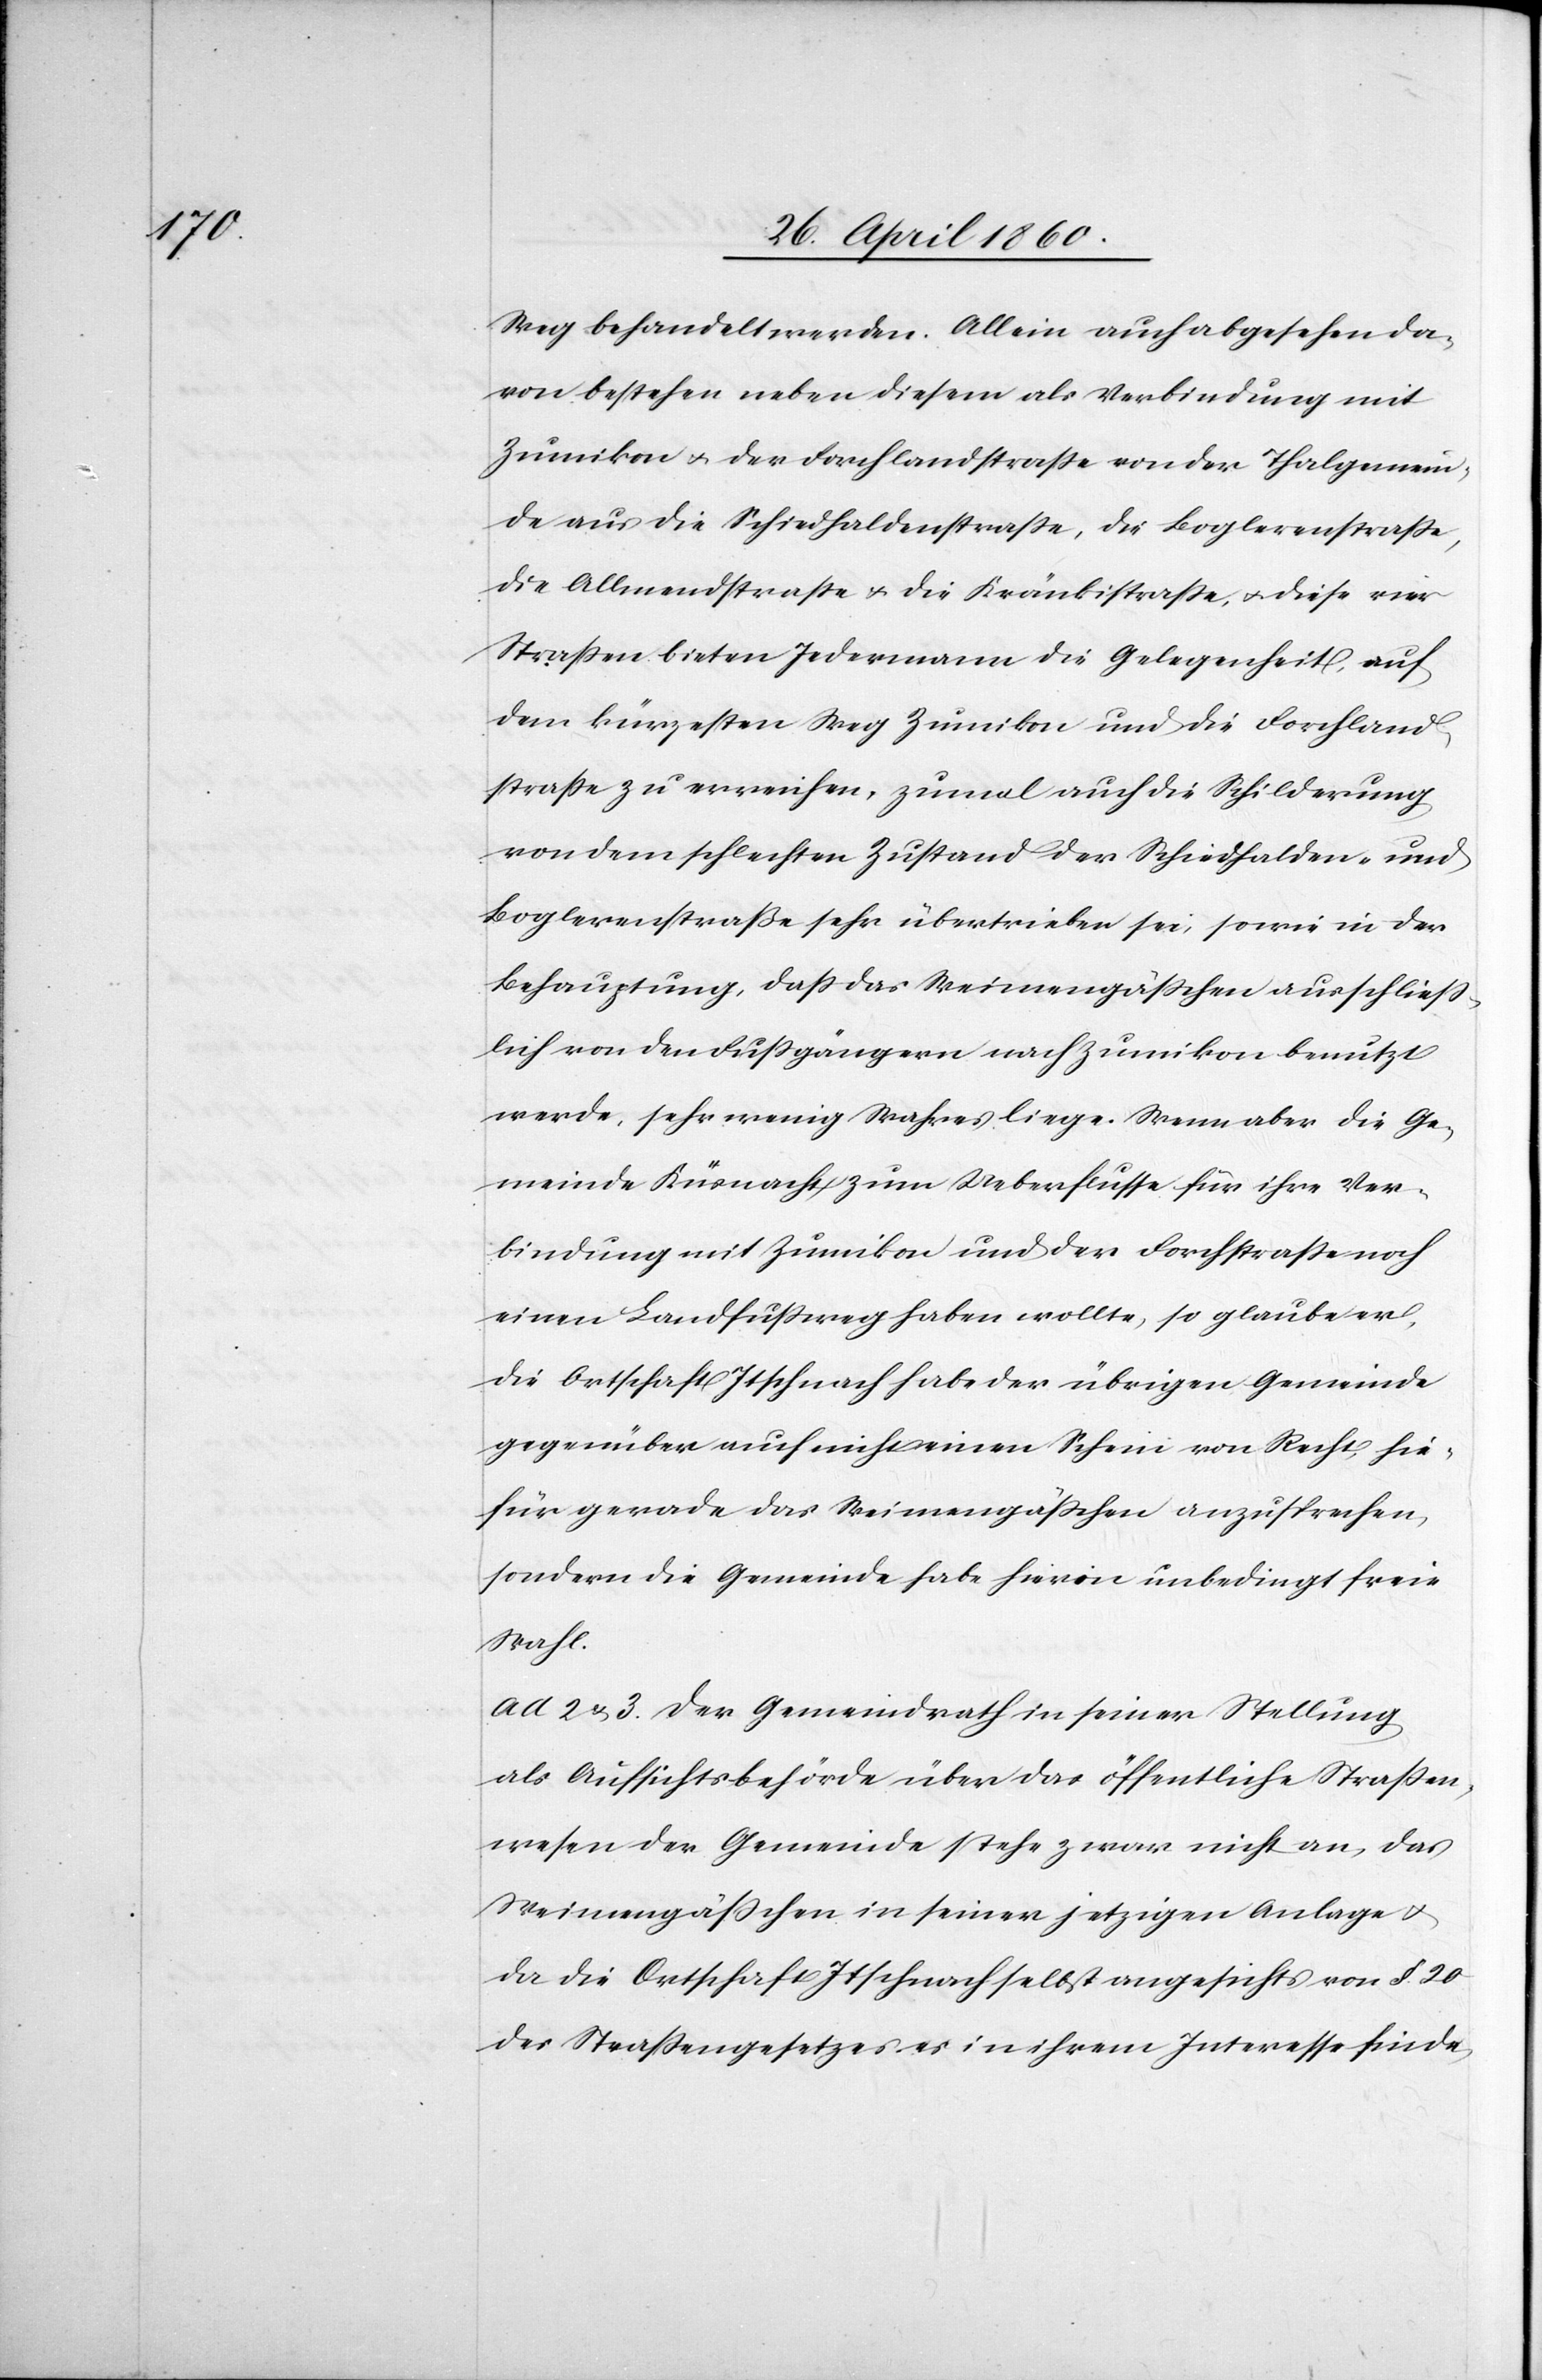
Weg behandelt werden. Allein auch abgesehen da¬
von bestehen neben diesem als Verbindung mit
Zumikon u. der Forchlandstrasse von der Thalgemein¬
de aus die Schiedhaldenstrasse, die Boglerenstrasse,
die Allmendstrasse u. die Kränbistrasse, u. diese vier
Strassen bieten Jedermann die Gegebenheit, auf
dem kürzesten Weg Zumikon und die Forchland¬
strasse zu erreichen, zumal auch die Schilderung
von dem schlechten Zustand der Schiedhalden- und
Boglerenstraße sehr übertrieben sei, sowie in der
Behauptung, dass das Weimengässchen ausschliess¬
lich von den Fussgängern nach Zumikon benutzt
werde, sehr wenig Wahres liege. Wenn aber die Ge¬
meinde Küsnacht zum Ueberflusse für ihre Ver¬
bindung mit Zumikon und der Forchstrasse noch
einen Landfussweg haben wollte, so glaube er,
die Ortschaft Itschnach habe der übrigen Gemeinde
gegenüber auch nicht einen Schein von Recht, hie¬
für gerade das Weimengässchen anzusprechen,
sondern die Gemeinde habe hievon unbedingt freie
Wahl.
ad 2 u. 3. Der Gemeindrath in seiner Stellung
als Aufsichtsbehörde über das öffentliche Strassen¬
wesen der Gemeinde stehe zwar nicht an, das
Weimengässchen in seiner jetzigen Anlage u.
da die Ortschaft Itschnach selbst angesichts von §. 20.
des Strassengesetzes es in ihrem Interesse finde